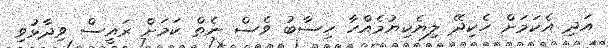
އަދި އެކަމަށް ހެކިދޭ ލިޔެކިޔުމެއްހާ ހިސާބު ވެސް ނެތް ކަމަށް ރައީސް ވިދާޅުވި